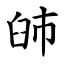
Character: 䑔